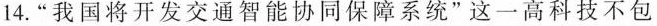
14.“我国将开发交通智能协同保障系统”这一高科技不包